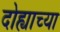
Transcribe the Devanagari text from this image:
दोह्याच्या